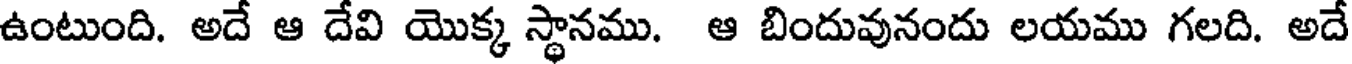
ఉంటుంది. అదే ఆ దేవి యొక్క స్థానము. ఆ బిందువునందు లయము గలది. అదే